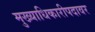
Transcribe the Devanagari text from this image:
मुख्याधिकारीपदावर